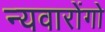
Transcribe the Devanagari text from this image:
न्यवारोंगो